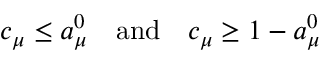
c _ { \mu } \leq a _ { \mu } ^ { 0 } \quad \mathrm { a n d } \quad c _ { \mu } \geq 1 - a _ { \mu } ^ { 0 }